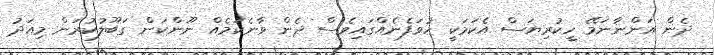
ދެން އަންނާނަމޭ ހީކުރިޔަސް އެކަމަކީ ހުވަފެނެއްގައިވެސް ދެން ވާނެކަމެއް ނޫންކަން ގަބޫލުކުރަން މިއަދު